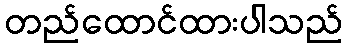
တည်ထောင်ထားပါသည်